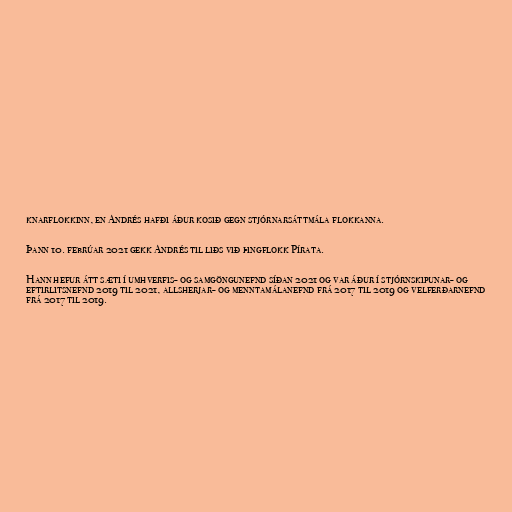
knarflokkinn, en Andrés hafði áður kosið gegn stjórnarsáttmála flokkanna.

Þann 10. febrúar 2021 gekk Andrés til liðs við þingflokk Pírata.

Hann hefur átt sæti í umhverfis- og samgöngunefnd síðan 2021 og var áður í stjórnskipunar- og
eftirlitsnefnd 2019 til 2021, allsherjar- og menntamálanefnd frá 2017 til 2019 og velferðarnefnd
frá 2017 til 2019.